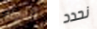
الحمله نحدد